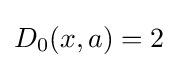
D_{0}(x,a)=2